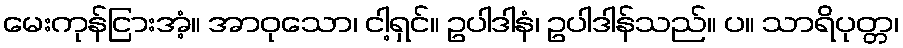
မေးကုန်ငြားအံ့။ အာဝုသော၊ ငါ့ရှင်။ ဥပါဒါနံ၊ ဥပါဒါန်သည်။ ပ။ သာရိပုတ္တ၊